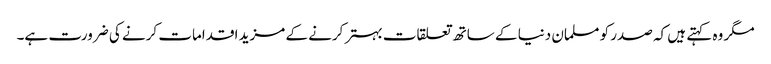
مگر وہ کہتے ہیں کہ صدر کو مسلمان دنیا کے ساتھ تعلقات بہتر کرنے کے مزید اقدامات کرنے کی ضرورت ہے۔